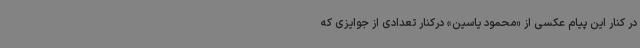
در کنار این پیام عکسی از «محمود یاسین» درکنار تعدادی از جوایزی که